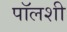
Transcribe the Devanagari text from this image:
पॉलशी